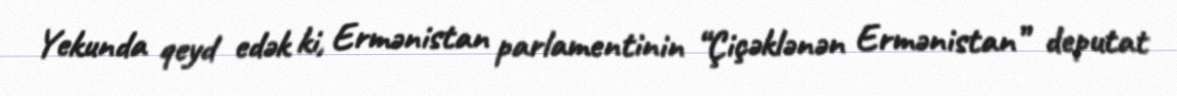
Yekunda qeyd edək ki, Ermənistan parlamentinin “Çiçəklənən Ermənistan” deputat